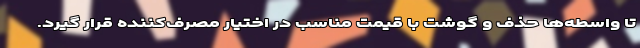
تا واسطه‌ها حذف و گوشت با قیمت مناسب در اختیار مصرف‌کننده قرار گیرد.